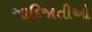
આદિજાતીઓ